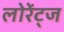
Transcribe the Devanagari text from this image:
लोरेंट्ज